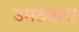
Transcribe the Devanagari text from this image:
उमठवला